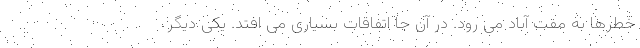
خطرها به مفت آباد می رود. در آن جا اتفاقات بسیاری می افتد. یکی دیگر